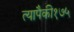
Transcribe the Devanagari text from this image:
त्यापैकी१७५